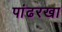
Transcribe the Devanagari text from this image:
पांढरखा